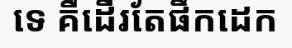
ទេ គឺដើរតែផឹកដេក